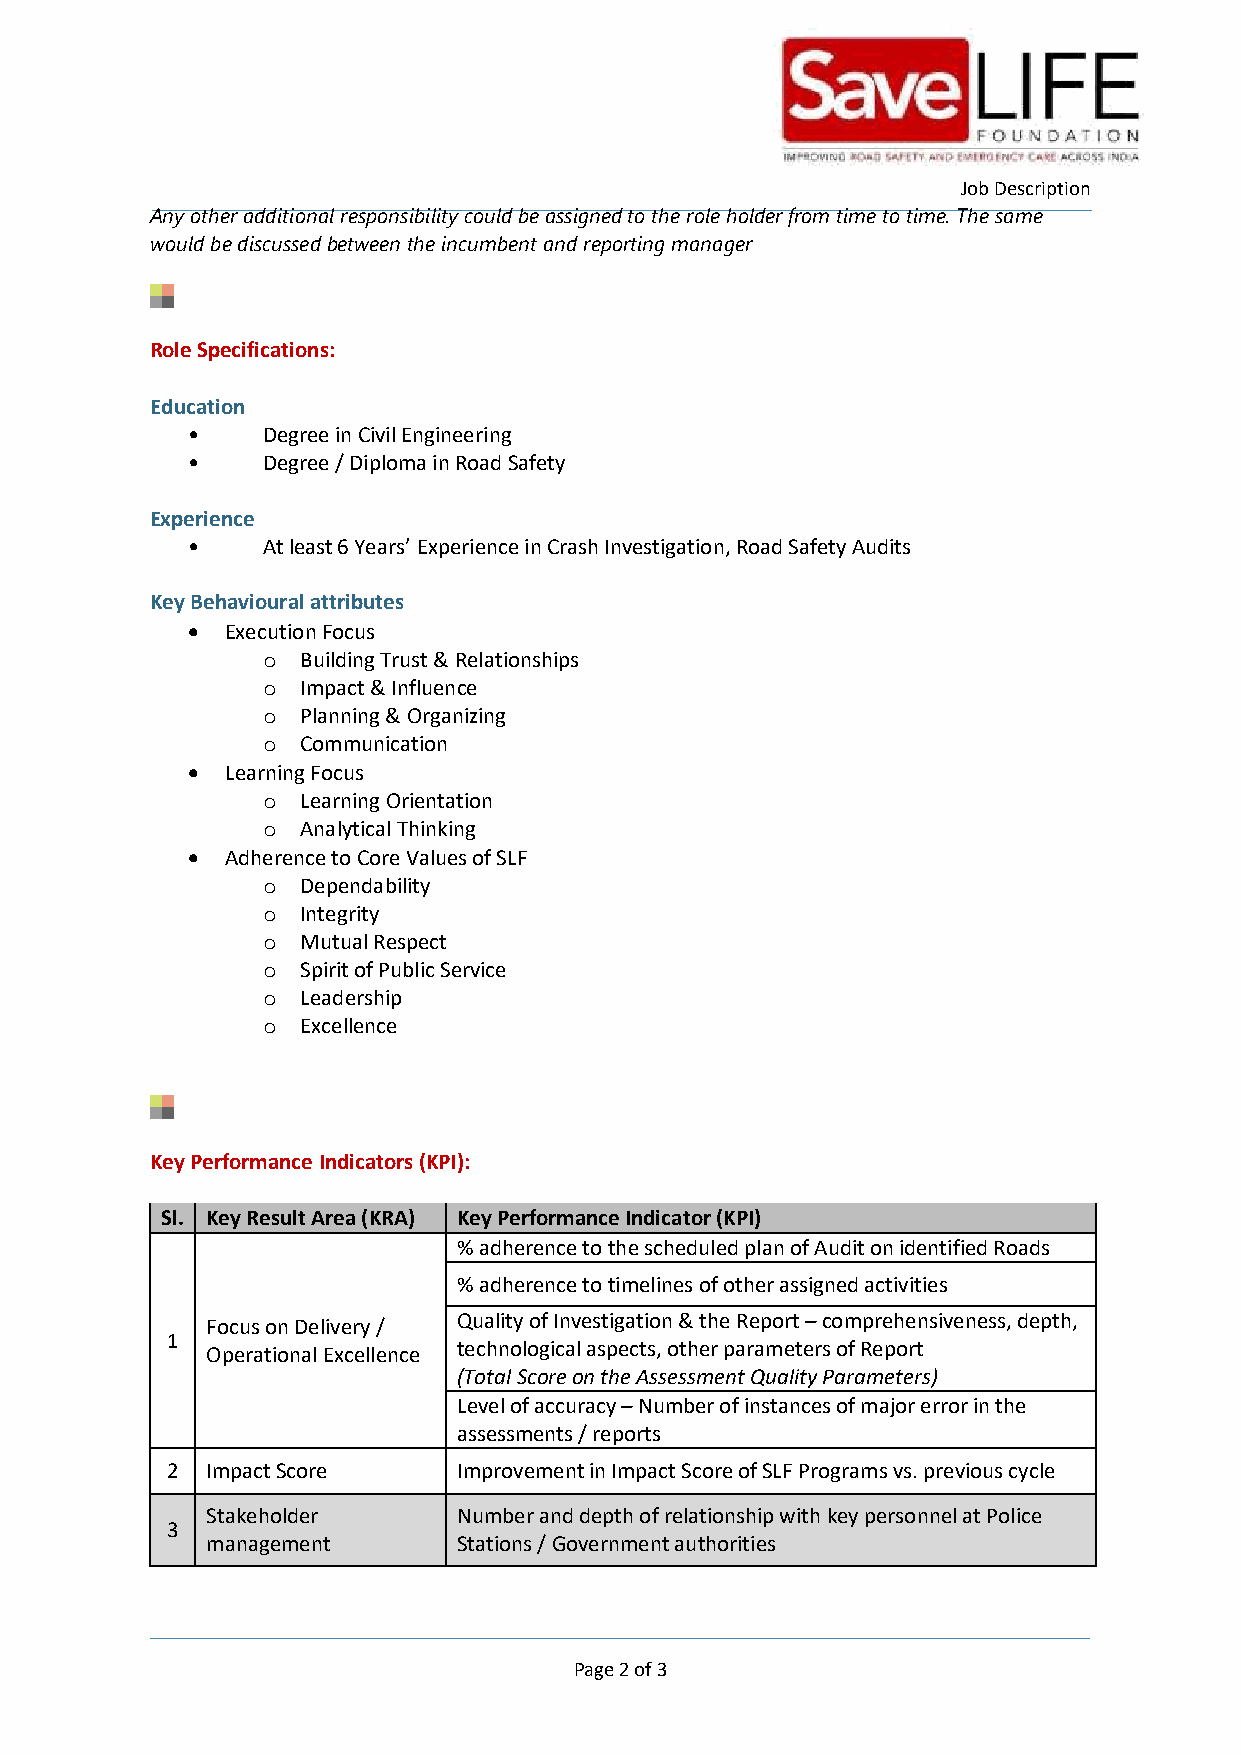
Job Description
 Any other additional responsibility could be assigned to the role holder from time to time. The same
 would be discussed between the incumbent and reporting manager
 Role Specifications:
 Education
 •    Degree in Civil Engineering
 •    Degree / Diploma in Road Safety
 Experience
 •    At least 6 Years’ Experience in Crash Investigation, Road Safety Audits
 Key Behavioural attributes
   Execution Focus
 o  Building Trust & Relationships
 o  Impact & Influence
 o  Planning & Organizing
 o  Communication
   Learning Focus
 o  Learning Orientation
 o  Analytical Thinking
   Adherence to Core Values of SLF
 o  Dependability
 o  Integrity
 o  Mutual Respect
 o  Spirit of Public Service
 o  Leadership
 o  Excellence
 Key Performance Indicators (KPI):
 Sl. Key Result Area (KRA) Key Performance Indicator (KPI)
 % adherence to the scheduled plan of Audit on identified Roads
 % adherence to timelines of other assigned activities
 Focus on Delivery / Quality of Investigation & the Report – comprehensiveness, depth,
 1
 Operational Excellence technological aspects, other parameters of Report
 (Total Score on the Assessment Quality Parameters)
 Level of accuracy – Number of instances of major error in the
 assessments / reports
 2  Impact Score    Improvement in Impact Score of SLF Programs vs. previous cycle
 Stakeholder     Number and depth of relationship with key personnel at Police
 3
 management      Stations / Government authorities
 Page 2 of 3